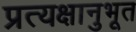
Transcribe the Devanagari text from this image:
प्रत्यक्षानुभूत